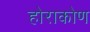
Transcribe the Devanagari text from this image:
होराकोण